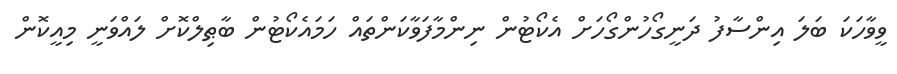
ވީވާހަކަ ބަލަ އިންސާފު ދަނީގޯހުންގޯހަށް އެކޯޓުން ނިންމާފަވާކަންތައް ހަމައެކޯޓުން ބާޠިލްކޮށް ލައްވަނީ މިއީކޮން